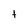
Character: t